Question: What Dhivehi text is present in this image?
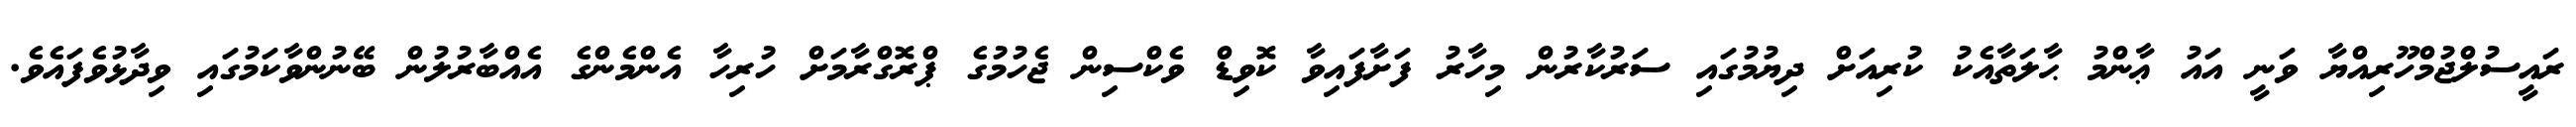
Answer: ރައީސުލްޖުމްހޫރިއްޔާ ވަނީ އައު ޢާންމު ޙާލަތާއެކު ކުރިއަށް ދިޔުމުގައި ސަރުކާރުން މިހާރު ފަށާފައިވާ ކޮވިޑް ވެކްސިން ޖެހުމުގެ ޕްރޮގްރާމަށް ހުރިހާ އެންމެންގެ އެއްބާރުލުން ބޭނުންވާކަމުގައި ވިދާޅުވެފައެވެ.